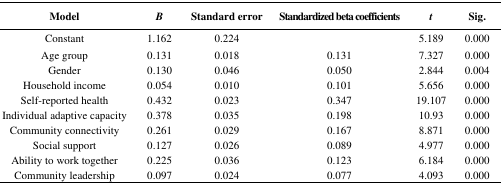
<table><thead><tr><td><b>Model</b></td><td><b><i>B</i></b></td><td><b>Standard error</b></td><td><b>Standardized beta coefficients</b></td><td><b><i>t</i></b></td><td><b>Sig.</b></td></tr></thead><tbody><tr><td>Constant</td><td>1.162</td><td>0.224</td><td></td><td>5.189</td><td>0.000</td></tr><tr><td>Age group</td><td>0.131</td><td>0.018</td><td>0.131</td><td>7.327</td><td>0.000</td></tr><tr><td>Gender</td><td>0.130</td><td>0.046</td><td>0.050</td><td>2.844</td><td>0.004</td></tr><tr><td>Household income</td><td>0.054</td><td>0.010</td><td>0.101</td><td>5.656</td><td>0.000</td></tr><tr><td>Self-reported health</td><td>0.432</td><td>0.023</td><td>0.347</td><td>19.107</td><td>0.000</td></tr><tr><td>Individual adaptive capacity</td><td>0.378</td><td>0.035</td><td>0.198</td><td>10.93</td><td>0.000</td></tr><tr><td>Community connectivity</td><td>0.261</td><td>0.029</td><td>0.167</td><td>8.871</td><td>0.000</td></tr><tr><td>Social support</td><td>0.127</td><td>0.026</td><td>0.089</td><td>4.977</td><td>0.000</td></tr><tr><td>Ability to work together</td><td>0.225</td><td>0.036</td><td>0.123</td><td>6.184</td><td>0.000</td></tr><tr><td>Community leadership</td><td>0.097</td><td>0.024</td><td>0.077</td><td>4.093</td><td>0.000</td></tr></tbody></table>